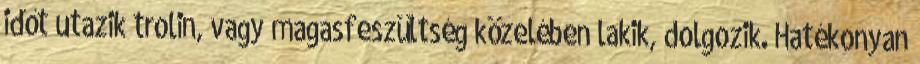
időt utazik trolin, vagy magasfeszültség közelében lakik, dolgozik. Hatékonyan